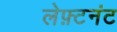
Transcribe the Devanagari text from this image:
लेफ़्टनंट